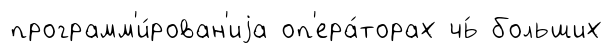
программ'и́рован'иjа оп'ера́торах чь́ больших